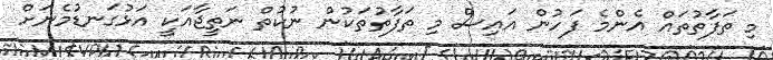
މި ތަފާތުތައް އެންމެ ފަހުން އައިސް މި ތަފާތުތަކުން ނުކުތް ނަތީޖާއަކީ އަޅުގަނޑުމެނަށް